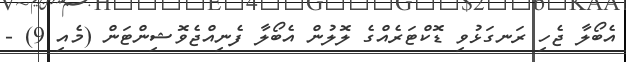
އެބޯލާ ޖެހި ރަނގަޅުވި ޑޮކްޓަރެއްގެ ލޮލުން އެބޯލާ ފެނިއްޖެވޮޝިންޓަން (މެއި 9) -